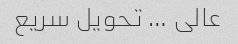
عالی … تحویل سریع